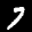
Label: 7